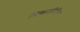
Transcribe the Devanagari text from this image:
सिसालपिनिया